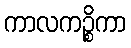
ကာလကဉ္စိကာ